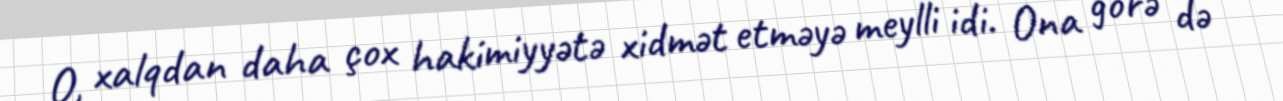
O, xalqdan daha çox hakimiyyətə xidmət etməyə meylli idi. Ona görə də